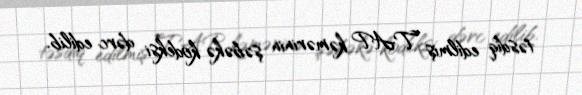
təsdiq edilmiş TAP kəmərinin şəbəkə kodeksi dərc edilib.